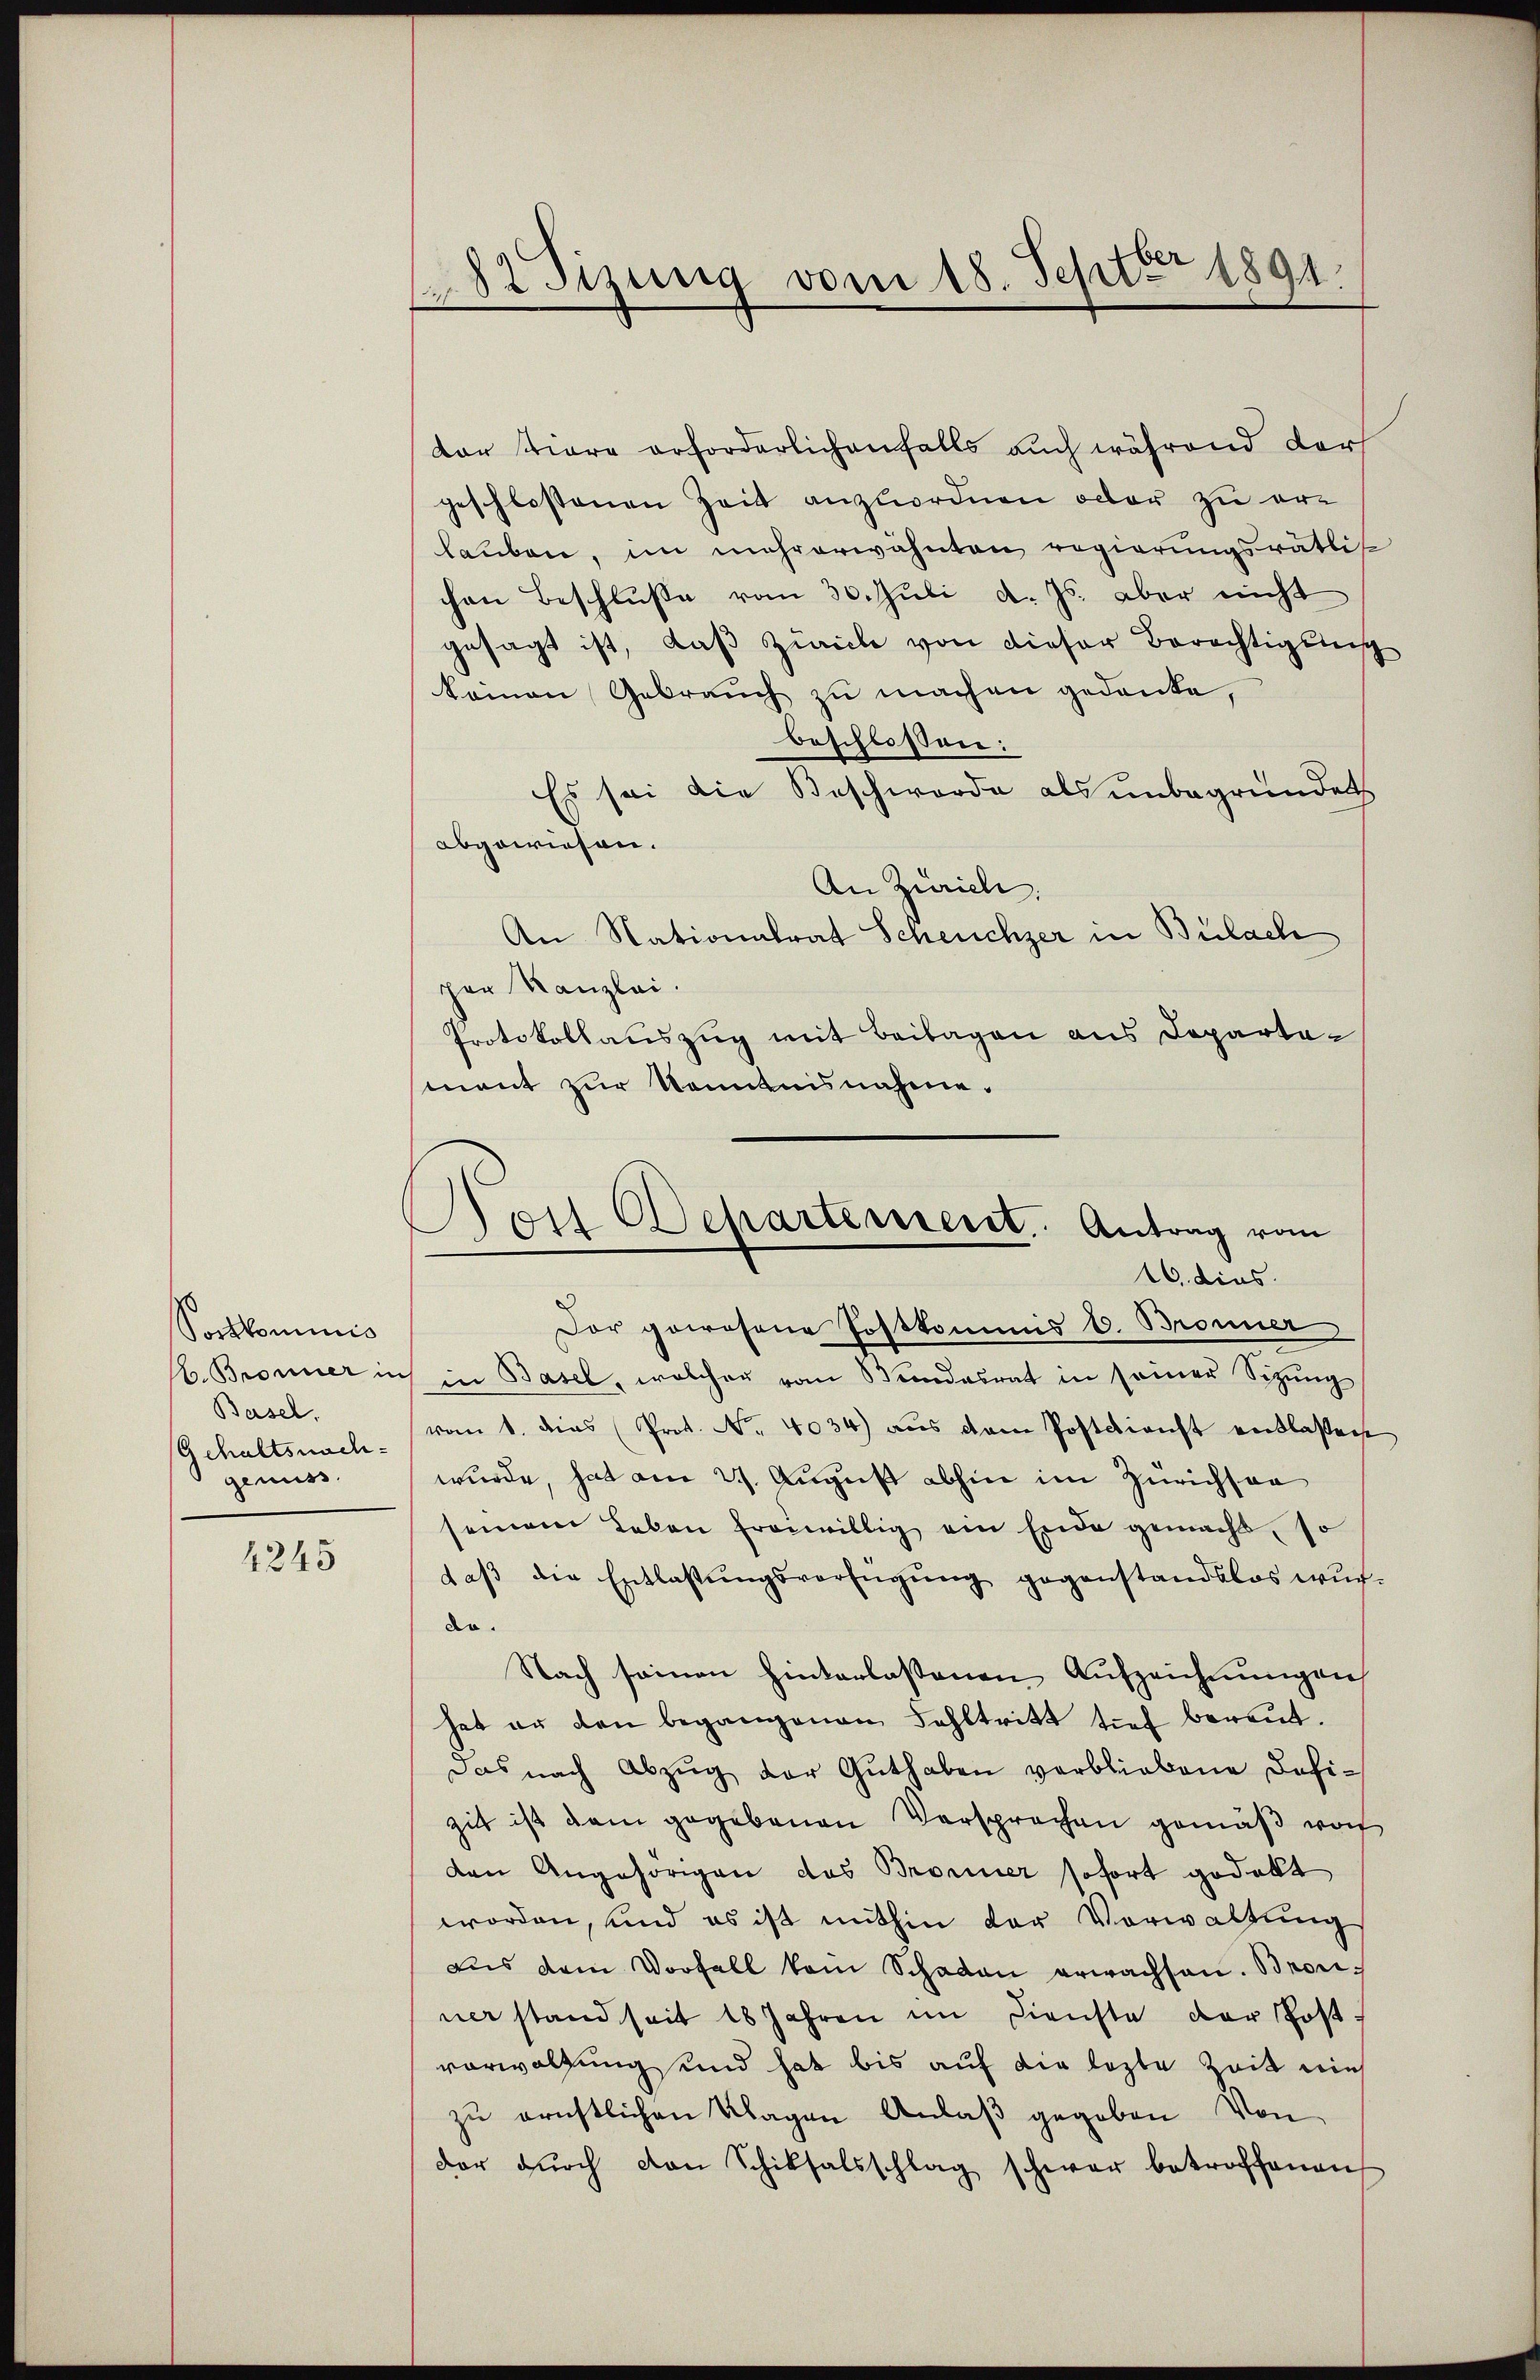
Sortkominis
b. Bronner in
Basel,
Gehaltsnachgenuss.

4245

182 Sizung vom 18. Septer 1891.

dar tiere erforderlichenfalls auch während darf
geschlossenen Zeit anzuordnen oder zu erlauben, im mehrerwähnten regierungsrätlis
chen Beschluße vom 30. Juli d. Js. aber nicht
gesagt ist, daß Zürich von dieser Berechtigung
keinen Gebrauch zu machen gedanke,
beschlossen:
Es sei die Beschworde als unbegründet
abgewiesen.
An Zürich
An Nationalrat Scheuchzer in Bülach
per Kanzlei.
Protokollauszug mit Beilagen aus Departemant zur Kenntnisnahme.

Hoil Departement. Antrag vom
16. dies

Der gewesene Postkommis 6. Bronner
in Basel, welcher vom Stundesrat in seiner Sitzung
vom 1. dies Prot. Nr. 4034) aus dem Postdienst entlassen
wurde, hat am 21. August abhin im Zürichson
seinem Leben freiwillig ein Ende gemacht, so
daß die Entlaßungsverfügung gegenstandslos wurdo.
Nach seinen hinterlassenen Aufzeichnungen
hat er den begangenen Fehltritt sieh bereut.
Das nach Abzŭg der Guthaben verbliebene Defi-
zit ist dem gegebenen Versprechen gemäß von
den Angehörigen das Bronner sofort gedakt
worden, und es ist mithin der Vorwaltung
aus dem Vorfall kam Schaden erwachsen. Bronner stand seit 18 Jahren im Dienste der Post.
vorwaltung und hat bis auf die lezte Zeit nich
zu ernstlichen Klagen Anlaß gegeben. Von
der dŭrch von Schiksalsschlag schwer betroffenen